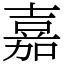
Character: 嘉